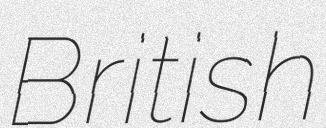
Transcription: British